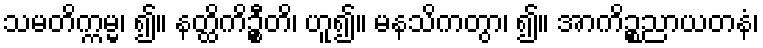
သမတိက္ကမ္မ၊ ၍။ နတ္ထိကိဦ္စတိ၊ ဟူ၍။ မနသိကတွာ၊ ၍။ အာကိဉ္စညာယတနံ၊